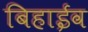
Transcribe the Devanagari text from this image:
बिहाईव